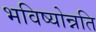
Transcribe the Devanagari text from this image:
भविष्योन्नति